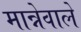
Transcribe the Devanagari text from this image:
मान्नेवाले